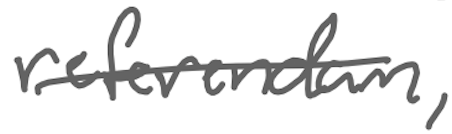
Text: referendum,
Cross-out: single-line
Writing tool: digital_gray